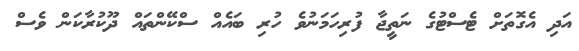
އަދި އެގޮތަށް ޓެސްޓުގެ ނަތީޖާ ފުރިހަމަނުވެ ހުރި ބައެއް ސްކޭންތައް ދޫކުރާކަން ވެސް